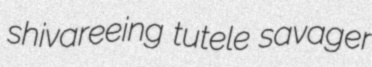
shivareeing tutele savager